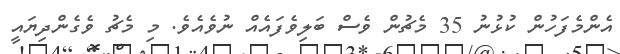
އެންމެފަހުން ކުޅުނު 35 މެޗުން ވެސް ބަލިވެފައެއް ނުވެއެވެ. މި މެޗު ވެގެންދިޔައީ